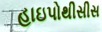
હાઇપોથીસીસ